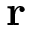
{ \bf { r } }